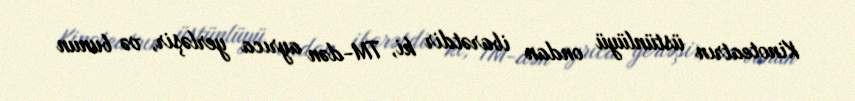
Kinoteatrın üstünlüyü ondan ibarətdir ki, TM-dən ayrıca yerləşir, və bunun